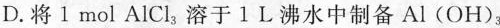
D.将Ⅰmol AlCl_{3}溶于1L沸水中制备Al(OH)_{3}